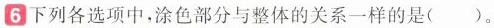
6下列各选项中，涂色部分与整体的关系一样的是()。